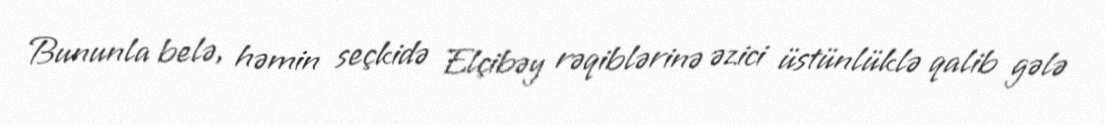
Bununla belə, həmin seçkidə Elçibəy rəqiblərinə əzici üstünlüklə qalib gələ